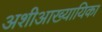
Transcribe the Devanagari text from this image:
अशीआख्यायिका